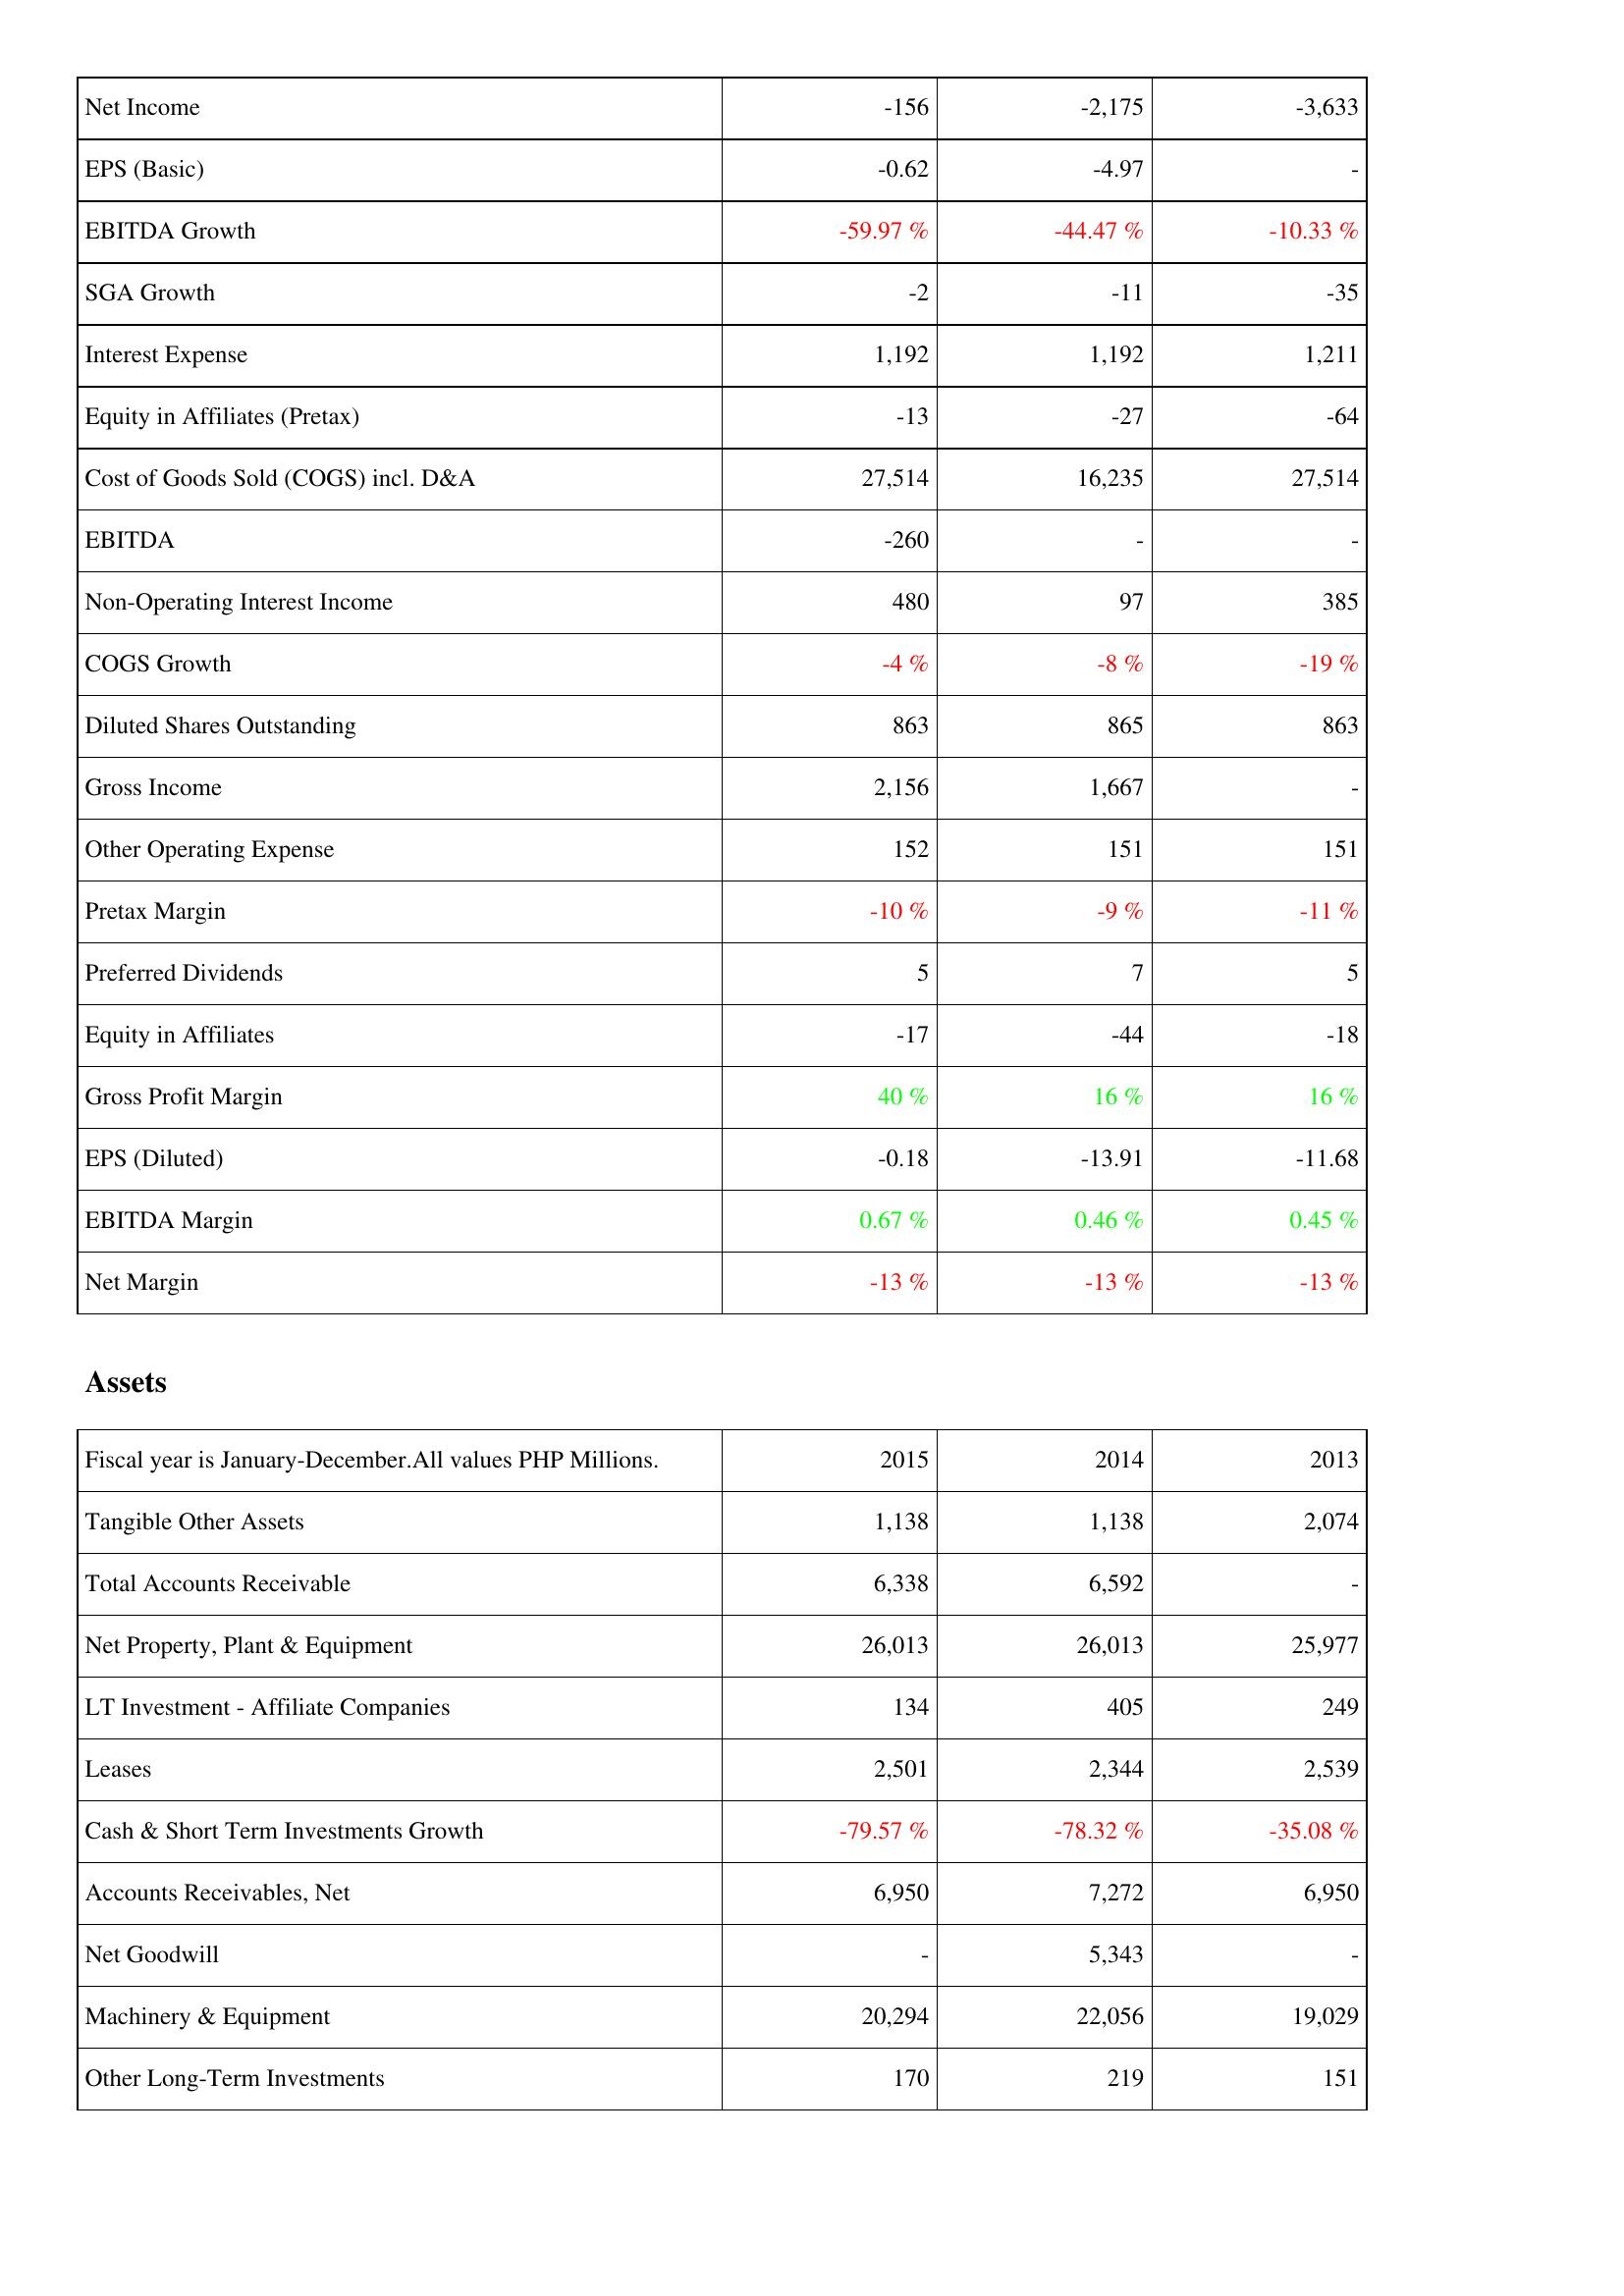
2015: Income Statement: Net Income: -156
EPS (Basic): -0.62
EBITDA Growth: -59.97 %
SGA Growth: -2
Interest Expense: 1,192
Equity in Affiliates (Pretax): -13
Cost of Goods Sold (COGS) incl. D&A: 27,514
EBITDA: -260
Non-Operating Interest Income: 480
COGS Growth: -4 %
Diluted Shares Outstanding: 863
Gross Income: 2,156
Other Operating Expense: 152
Pretax Margin: -10 %
Preferred Dividends: 5
Equity in Affiliates: -17
Gross Profit Margin: 40 %
EPS (Diluted): -0.18
EBITDA Margin: 0.67 %
Net Margin: -13 %
Assets: Tangible Other Assets: 1,138
Total Accounts Receivable: 6,338
Net Property, Plant & Equipment: 26,013
LT Investment - Affiliate Companies: 134
Leases: 2,501
Cash & Short Term Investments Growth: -79.57 %
Accounts Receivables, Net: 6,950
Net Goodwill: -
Machinery & Equipment: 20,294
Other Long-Term Investments: 170
2014: Income Statement: Net Income: -2,175
EPS (Basic): -4.97
EBITDA Growth: -44.47 %
SGA Growth: -11
Interest Expense: 1,192
Equity in Affiliates (Pretax): -27
Cost of Goods Sold (COGS) incl. D&A: 16,235
EBITDA: -
Non-Operating Interest Income: 97
COGS Growth: -8 %
Diluted Shares Outstanding: 865
Gross Income: 1,667
Other Operating Expense: 151
Pretax Margin: -9 %
Preferred Dividends: 7
Equity in Affiliates: -44
Gross Profit Margin: 16 %
EPS (Diluted): -13.91
EBITDA Margin: 0.46 %
Net Margin: -13 %
Assets: Tangible Other Assets: 1,138
Total Accounts Receivable: 6,592
Net Property, Plant & Equipment: 26,013
LT Investment - Affiliate Companies: 405
Leases: 2,344
Cash & Short Term Investments Growth: -78.32 %
Accounts Receivables, Net: 7,272
Net Goodwill: 5,343
Machinery & Equipment: 22,056
Other Long-Term Investments: 219
2013: Income Statement: Net Income: -3,633
EPS (Basic): -
EBITDA Growth: -10.33 %
SGA Growth: -35
Interest Expense: 1,211
Equity in Affiliates (Pretax): -64
Cost of Goods Sold (COGS) incl. D&A: 27,514
EBITDA: -
Non-Operating Interest Income: 385
COGS Growth: -19 %
Diluted Shares Outstanding: 863
Gross Income: -
Other Operating Expense: 151
Pretax Margin: -11 %
Preferred Dividends: 5
Equity in Affiliates: -18
Gross Profit Margin: 16 %
EPS (Diluted): -11.68
EBITDA Margin: 0.45 %
Net Margin: -13 %
Assets: Tangible Other Assets: 2,074
Total Accounts Receivable: -
Net Property, Plant & Equipment: 25,977
LT Investment - Affiliate Companies: 249
Leases: 2,539
Cash & Short Term Investments Growth: -35.08 %
Accounts Receivables, Net: 6,950
Net Goodwill: -
Machinery & Equipment: 19,029
Other Long-Term Investments: 151